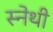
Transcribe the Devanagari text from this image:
स्नेथी